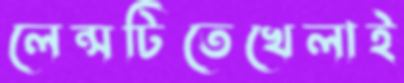
লেন্সটিতেখেলাই